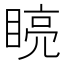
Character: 𭿏